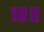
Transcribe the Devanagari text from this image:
१०॥